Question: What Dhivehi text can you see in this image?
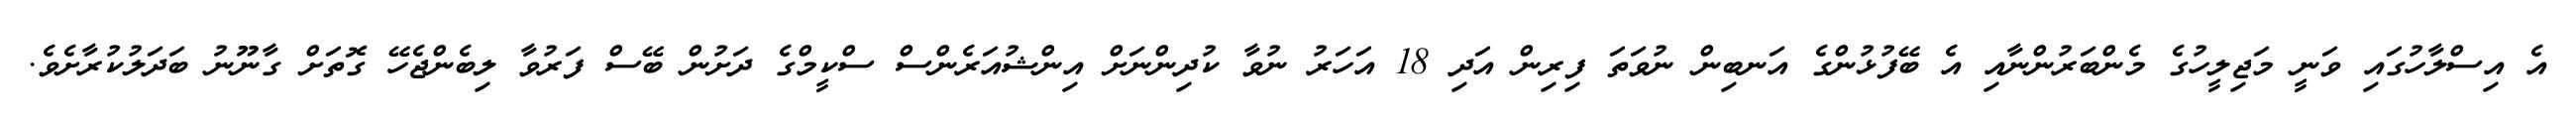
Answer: އެ އިސްލާހުގައި ވަނީ މަޖިލީހުގެ މެންބަރުންނާއި އެ ބޭފުޅުންގެ އަނބިން ނުވަތަ ފިރިން އަދި 18 އަހަރު ނުވާ ކުދިންނަށް އިންޝުއަރެންސް ސްކީމްގެ ދަށުން ބޭސް ފަރުވާ ލިބެންޖެހޭ ގޮތަށް ގާނޫނު ބަދަލުކުރާށެވެ.